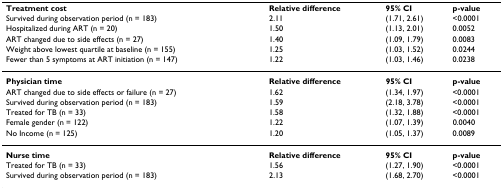
<table><thead><tr><td><b>Treatment cost</b></td><td><b>Relative difference</b></td><td><b>95% CI</b></td><td><b>p-value</b></td></tr><tr><td><b>Survived during observation period (n = 183)</b></td><td><b>2.11</b></td><td><b>(1.71, 2.61)</b></td><td><b>&lt;0.0001</b></td></tr><tr><td><b>Hospitalized during ART (n = 20)</b></td><td><b>1.50</b></td><td><b>(1.13, 2.01)</b></td><td><b>0.0052</b></td></tr><tr><td><b>ART changed due to side effects (n = 27)</b></td><td><b>1.40</b></td><td><b>(1.09, 1.79)</b></td><td><b>0.0083</b></td></tr><tr><td><b>Weight above lowest quartile at baseline (n = 155)</b></td><td><b>1.25</b></td><td><b>(1.03, 1.52)</b></td><td><b>0.0244</b></td></tr><tr><td><b>Fewer than 5 symptoms at ART initiation (n = 147)</b></td><td><b>1.22</b></td><td><b>(1.03, 1.46)</b></td><td><b>0.0238</b></td></tr></thead><tbody><tr><td><b>Physician time</b></td><td><b>Relative difference</b></td><td><b>95% CI</b></td><td><b>p-value</b></td></tr><tr><td>ART changed due to side effects or failure (n = 27)</td><td>1.62</td><td>(1.34, 1.97)</td><td>&lt;0.0001</td></tr><tr><td>Survived during observation period (n = 183)</td><td>1.59</td><td>(2.18, 3.78)</td><td>&lt;0.0001</td></tr><tr><td>Treated for TB (n = 33)</td><td>1.58</td><td>(1.32, 1.88)</td><td>&lt;0.0001</td></tr><tr><td>Female gender (n = 122)</td><td>1.22</td><td>(1.07, 1.39)</td><td>0.0040</td></tr><tr><td>No Income (n = 125)</td><td>1.20</td><td>(1.05, 1.37)</td><td>0.0089</td></tr><tr><td><b>Nurse time</b></td><td><b>Relative difference</b></td><td><b>95% CI</b></td><td><b>p-value</b></td></tr><tr><td>Treated for TB (n = 33)</td><td>1.56</td><td>(1.27, 1.90)</td><td>&lt;0.0001</td></tr><tr><td>Survived during observation period (n = 183)</td><td>2.13</td><td>(1.68, 2.70)</td><td>&lt;0.0001</td></tr></tbody></table>